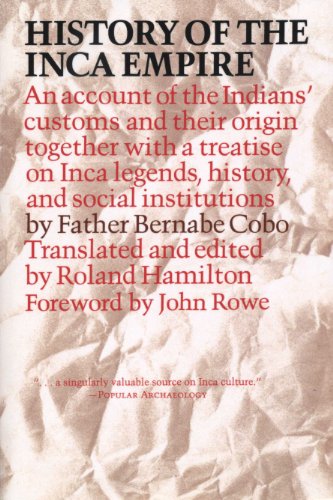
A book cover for History of the Inca Empire: An Account of the Indians' Customs and Their Origin, Together with a Treatise on Inca Legends, History, and Social Institutions (Texas Pan American Series); Father Bernabe Cobo; History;